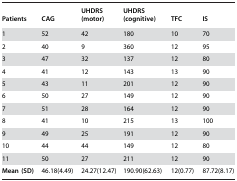
| Patients | CAG | UHDRS (motor) | UHDRS (cognitive) | TFC | IS |
 | --- | --- | --- | --- | --- | --- |
 | 1 | 52 | 42 | 180 | 10 | 70 |
 | 2 | 40 | 9 | 360 | 12 | 95 |
 | 3 | 47 | 32 | 137 | 12 | 80 |
 | 4 | 41 | 12 | 143 | 13 | 90 |
 | 5 | 43 | 11 | 201 | 12 | 90 |
 | 6 | 50 | 27 | 149 | 12 | 90 |
 | 7 | 51 | 28 | 164 | 12 | 90 |
 | 8 | 41 | 10 | 215 | 13 | 100 |
 | 9 | 49 | 25 | 191 | 12 | 90 |
 | 10 | 44 | 44 | 149 | 12 | 80 |
 | 11 | 50 | 27 | 211 | 12 | 90 |
 | Mean (SD) | 46.18(4.49) | 24.27(12.47) | 190.90(62.63) | 12(0.77) | 87.72(8.17) |